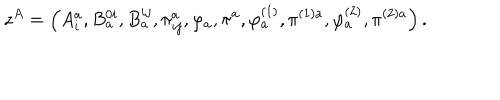
z ^ { A } = \left( A _ { i } ^ { a } , B _ { a } ^ { 0 i } , B _ { a } ^ { i j } , \pi _ { i j } ^ { a } , \varphi _ { a } , \pi ^ { a } , \varphi _ { a } ^ { \left( 1 \right) } , \pi ^ { ( 1 ) a } , \varphi _ { a } ^ { \left( 2 \right) } , \pi ^ { ( 2 ) a } \right) .